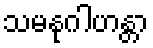
သမနုဂါဟန္တာ